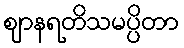
ဈာနရတိသမပ္ပိတာ